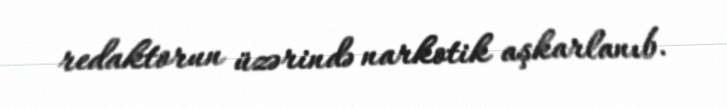
redaktorun üzərində narkotik aşkarlanıb.